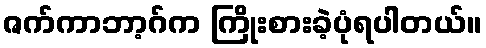
ဇက်ကာဘာ့ဂ်က ကြိုးစားခဲ့ပုံရပါတယ်။